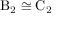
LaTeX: \mathrm { B } _ { 2 } \cong \mathrm { C } _ { 2 }